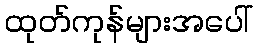
ထုတ်ကုန်များအပေါ်